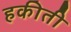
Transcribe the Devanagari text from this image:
हकीती